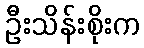
ဦးသိန်းစိုးက